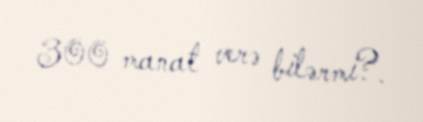
300 manat verə bilərmi?.